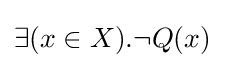
\exists (x\in X).\neg Q(x)